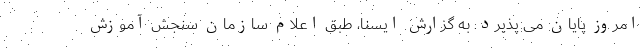
امروز پایان می پذیرد. به گزارش ایسنا، طبق اعلام سازمان سنجش آموزش